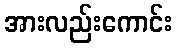
အားလည်းကောင်း